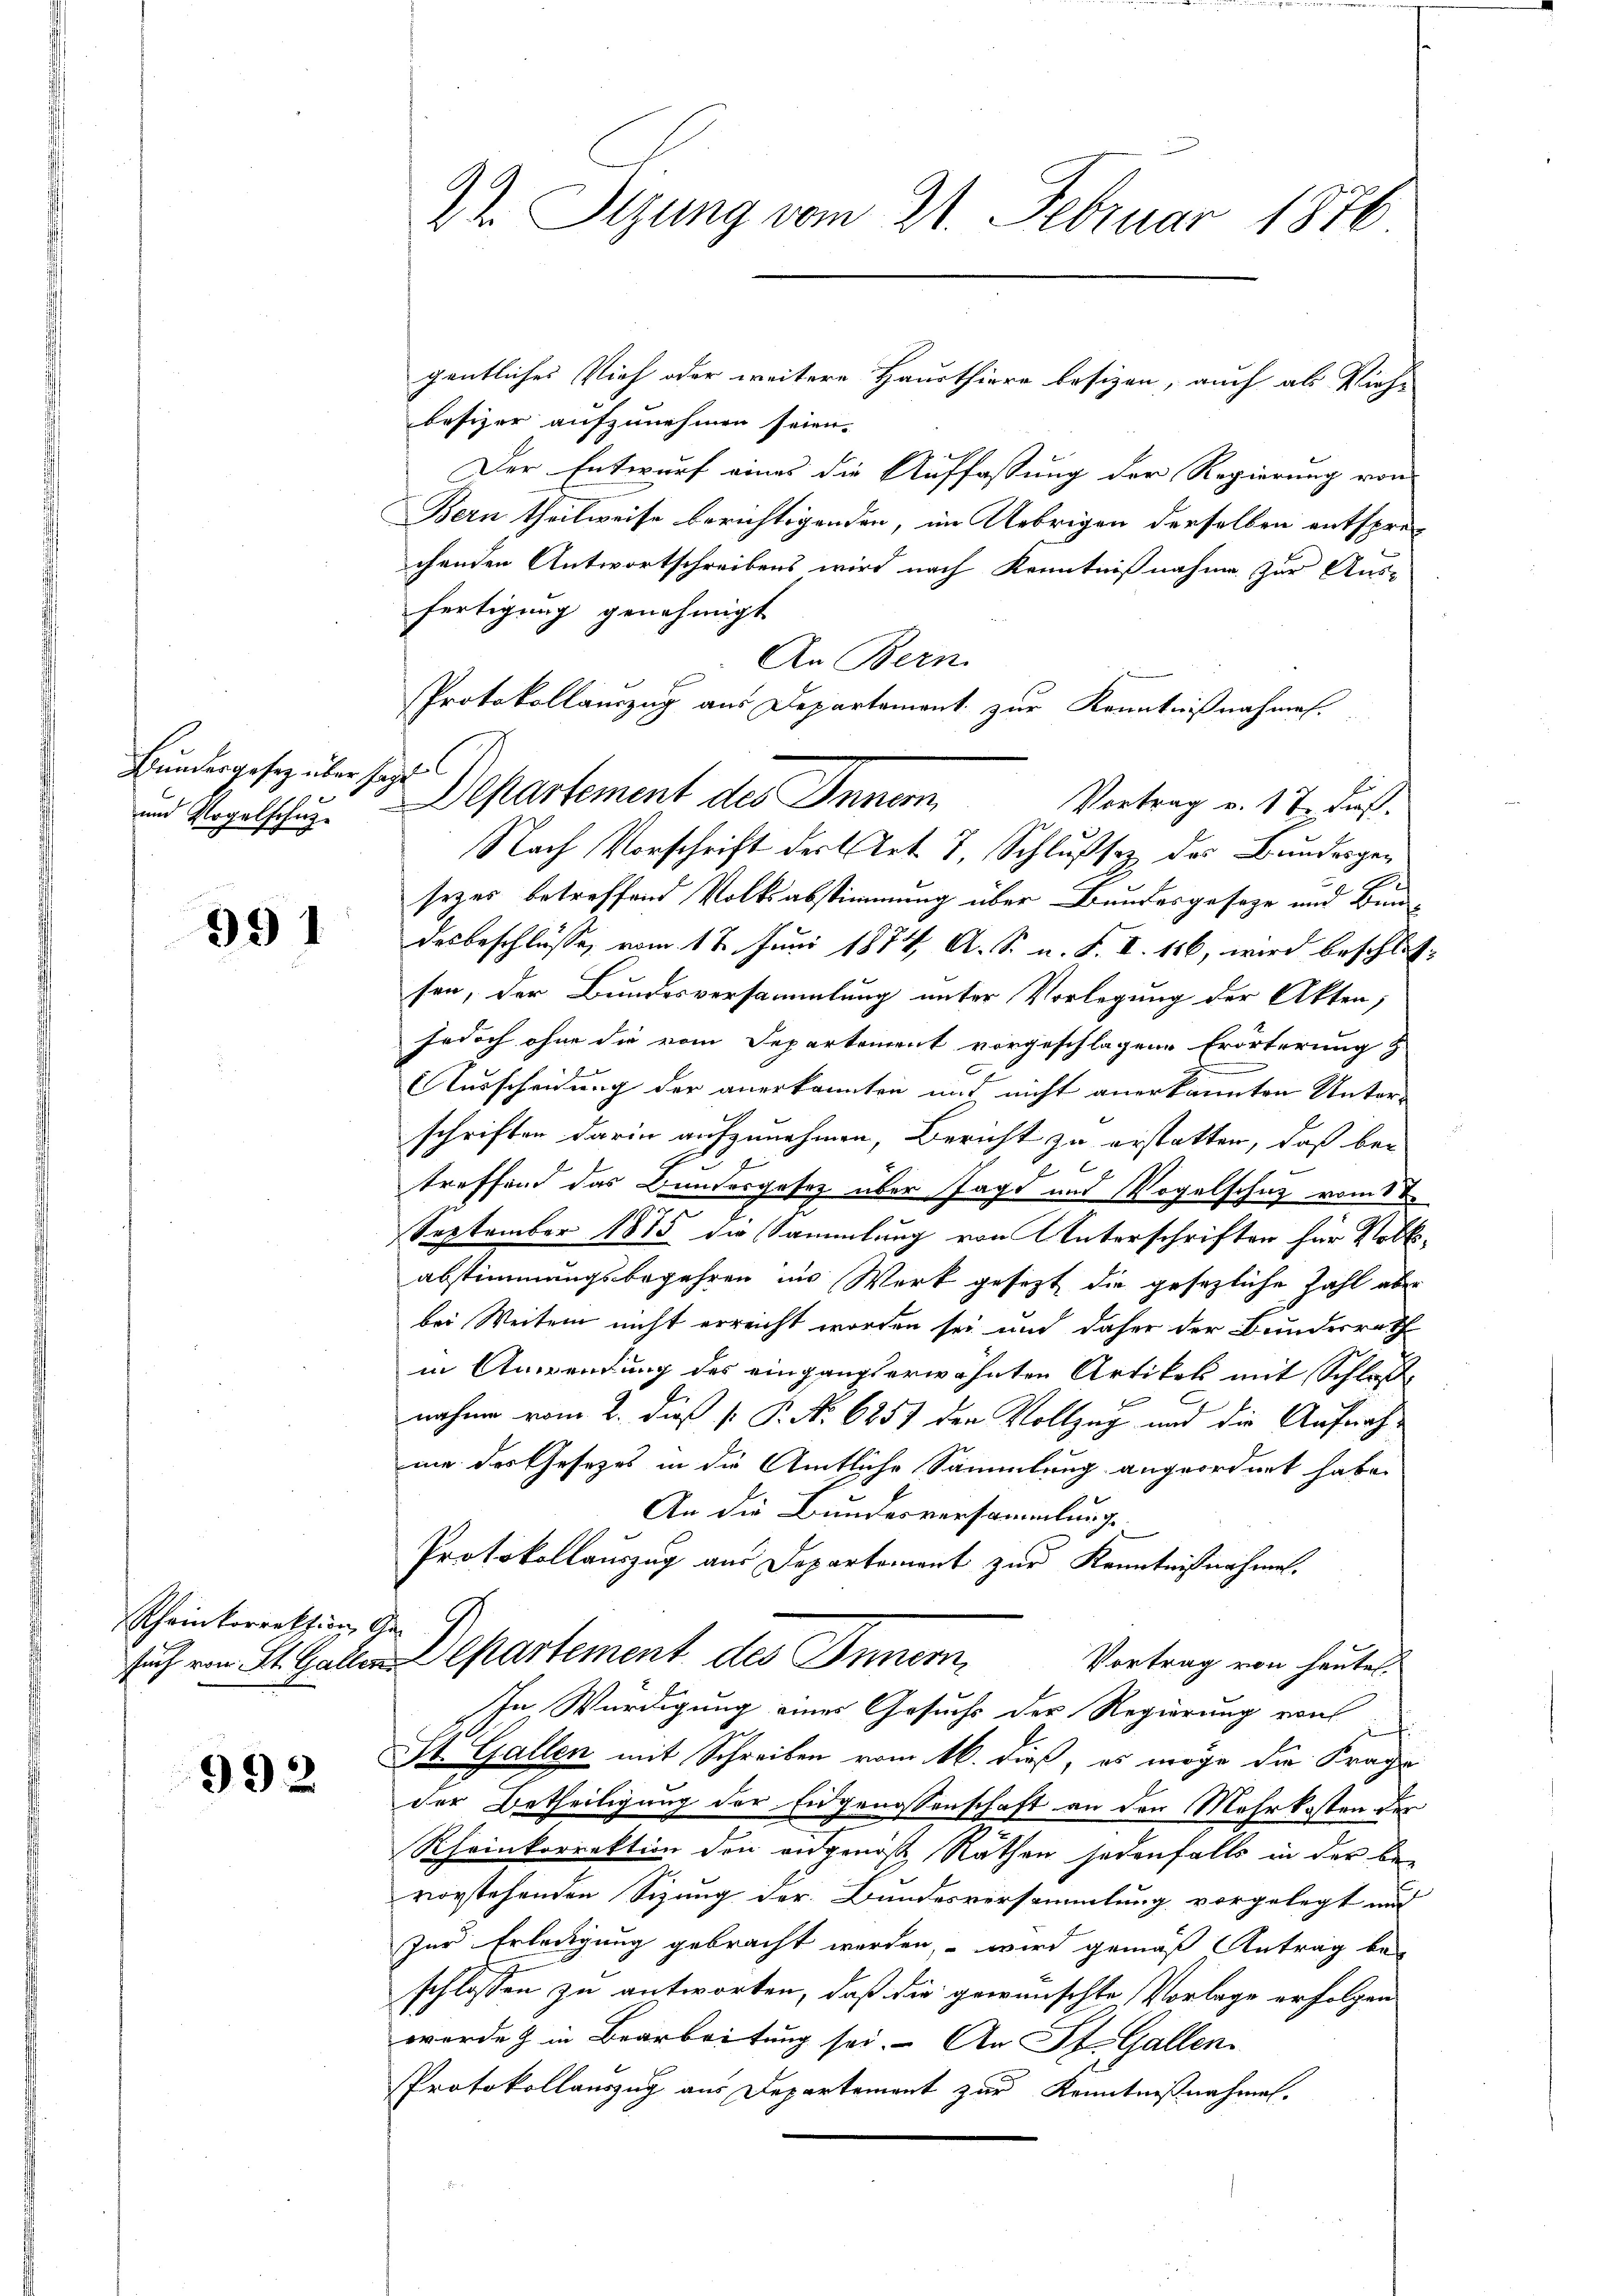
Bundergesetz über hatt

991

Scheinkorrektion An-

992

22. Sizung vom 21. Februar 1876

gentliches Vieh oder weitere Hausthiere besizen, auch als Vieh-
besizer aufzunehmen seien.
Der Entwurf eines die Auffassung der Regierung von
Bern theilweise berichtigenden, im Uebrigen derselben entsprechenden Antwortschreibens wird nach Kenntnißnahme zur Aus-
fertigung genehmigt
An Bern.
Protokollauszug aus Departement zur Kenntnißnahmen.
Vortrag v. 17 Fuß.
Nach Vorschrift der Art 7 Schlußsaz des Bundesgesezes betreffend Volksabstimmung über Bundesgeseze und Bun-
desbeschlüsse, vom 18. Juni 1874 A. S. n. F. I. 116, wird beschlos-
sen, der Bundesversammlung unter Vorlegung der Akten,
jedoch ohne die vom Departement vorgeschlagene Erörterung z
Ausscheidung der anerkannten mit nicht anerkannten Unter-
schriften darin aufzunehmen, Bericht zu erstatten, daß bei
treffend das Bundesgesetz über Jagd und Vogelschuz vom 1t
September 1875 die Sammlung von Unterschriften für Volks-
abstimmungsbegehren ins Werk gesezt die gesezliche Zahl aber
bei Weiten nicht erreicht worden sei und daher der Bundesrath
in Anwendung des eingangserwähnten Artikel mit Schloße
nahme vom 2. dieß P. P. Nr. 6851 den Vollzog und die Aufnahme des Gesetzes in die Amtliche Sammlung angeordnet habe.
An die Bundesversammlung
Protokollauszug aus Departement zur Kenntnißnahmen.
such von St. Gallen Departement des Innern
Vortrag von heutet.
In Würdigung eines Gesuchs der Regierung von
i
St. Gallen mit Schreiben vom 16. dieß, es möge die Frage
der Betheiligung der Eidgenossenschaft an den Mehrkosten der
Rheinkorrektion den eidgenos Räthen jedenfalls in der be-
vorstehenden Sizung der Bundesversammlung vorgelegt und
Zur Erledigung gebracht werden, – wird gemäß Antrag beschlossen zu antworten, daß die gewünschte Vorlage erfolgen
wurde & in Bearbeitung sei. An St. Gallen
Protokollauszug aus Departement zur Kenntnißnahmen.

und Vogelschus Departement des Innern